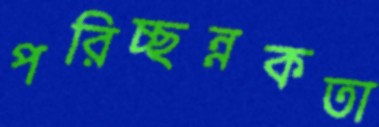
পরিচ্ছন্নকতা